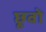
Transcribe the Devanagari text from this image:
छूवो